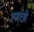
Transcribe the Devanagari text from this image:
रणछो